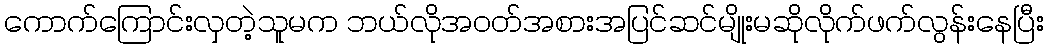
ကောက်ကြောင်းလှတဲ့သူမက ဘယ်လိုအဝတ်အစားအပြင်ဆင်မျိုးမဆိုလိုက်ဖက်လွန်းနေပြီး